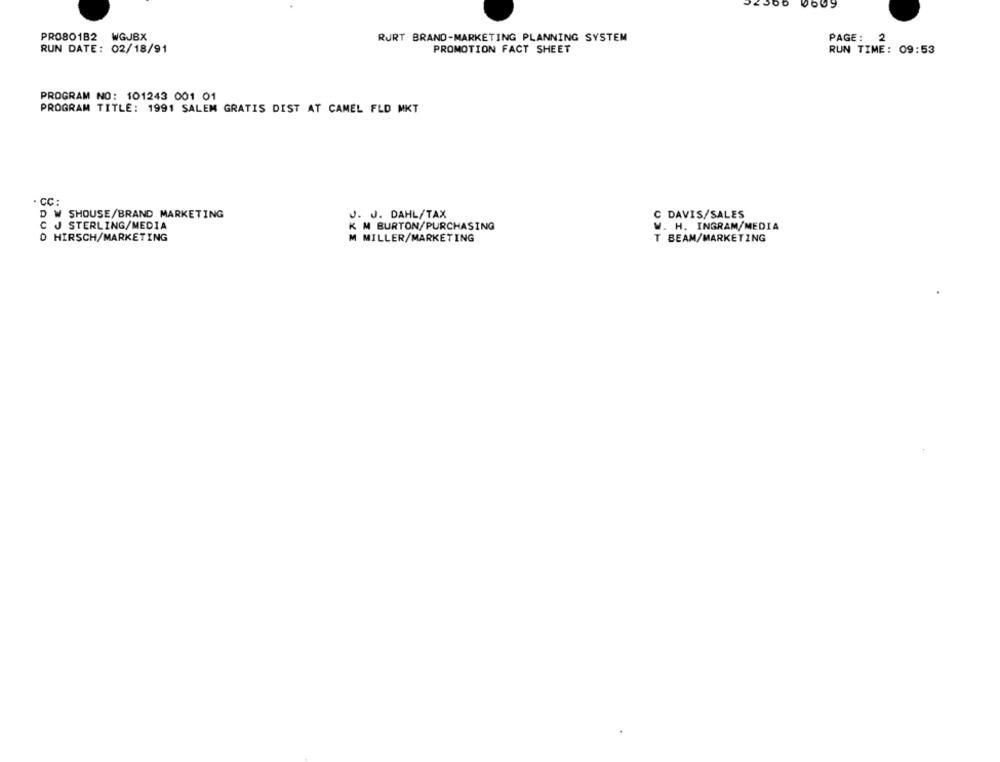
PRO8O1B2 WGJBX
RURT BRAND-MARKETING PLANNING SYSTEM
PAGE: 2
RUN DATE: 02/18/91
PROMOTION FACT SHEET
RUN TIME: 09:53
PROGRAM NO: 101243 001 01
PROGRAM TITLE: 1991 SALEM GRATIS DIST AT CAMEL FLD MKT
· CC:
J. J. DAHL/TAX
W SHOUSE/BRAND MARKETING
DAVIS/SALES
J STERLING/MEDIA
K M BURTON/PURCHASING
W. H. INGRAM/MEDIA
D HIRSCH/MARKETING
M MILLER/MARKETING
T BEAM/MARKETING